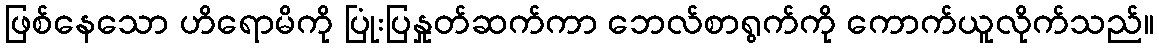
ဖြစ်နေသော ဟိရောမိကို ပြုံးပြနှုတ်ဆက်ကာ ဘေလ်စာရွက်ကို ကောက်ယူလိုက်သည်။